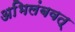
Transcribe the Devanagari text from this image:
अभिलंबवत्